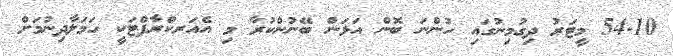
54.10 މީޓަރު ދިގުމިނުގައި ހުންނަ ބޮން އަޅަން ބޭނުންކުރާ މި އެއަރކްރާފްޓަކީ ހަމަލާދިނުމަށް